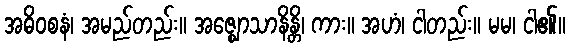
အဓိဝစနံ၊ အမည်တည်း။ အဇ္ဈောသာနိန္တိ၊ ကား။ အဟံ၊ ငါတည်း။ မမ၊ ငါ၏။